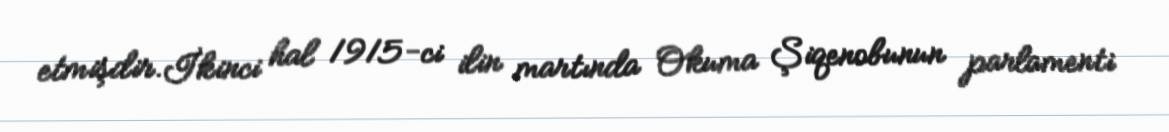
etmişdir.İkinci hal 1915-ci ilin martında Okuma Şiqenobunun parlamenti